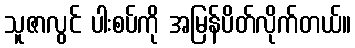
သူဇာလွင် ပါးစပ်ကို အမြန်ပိတ်လိုက်တယ်။